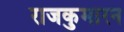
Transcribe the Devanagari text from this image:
राजकुमारन